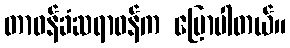
တာဝန်ခံဆရာဝန်က ပြောပါတယ်။